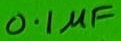
Text: 0.1µF